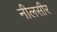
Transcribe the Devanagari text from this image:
नीलसीर